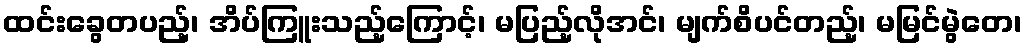
ထင်းခွေတပည့်၊ အိပ်ကြူးသည့်ကြောင့်၊ မပြည့်လိုအင်၊ မျက်စိပင်တည့်၊ မမြင်မွဲတေ၊